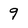
Character: 9